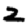
Digit: 2